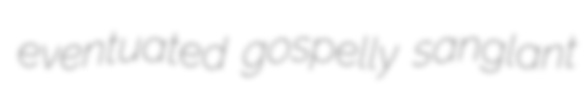
eventuated gospelly sanglant